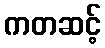
ကတဆင့်